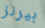
بيرنز